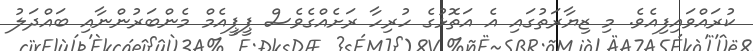
ކުރައްވައިފިއެވެ. މި ޒިޔާރަތުގައި އެ އަތޮޅުގެ ހުރިހާ ރަށެއްގެވެސް ޕީޕީއެމް މެންބަރުންނާއި ބައްދަލު